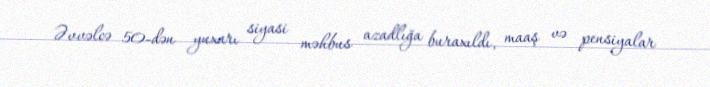
Əvvəlcə 50-dən yuxarı siyasi məhbus azadlığa buraxıldı, maaş və pensiyalar